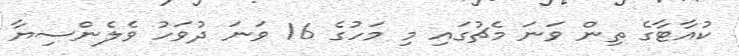
ކުއާޓާގެ ތިން ވަނަ މެޗުގައި މި މަހުގެ 16 ވަނަ ދުވަހު ވެލެންސިޔާ